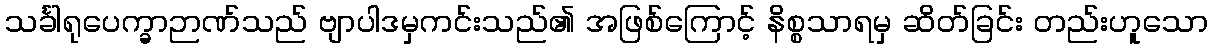
သင်္ခါရုပေက္ခာဉာဏ်သည် ဗျာပါဒမှကင်းသည်၏ အဖြစ်ကြောင့် နိစ္စသာရမှ ဆိတ်ခြင်း တည်းဟူသော